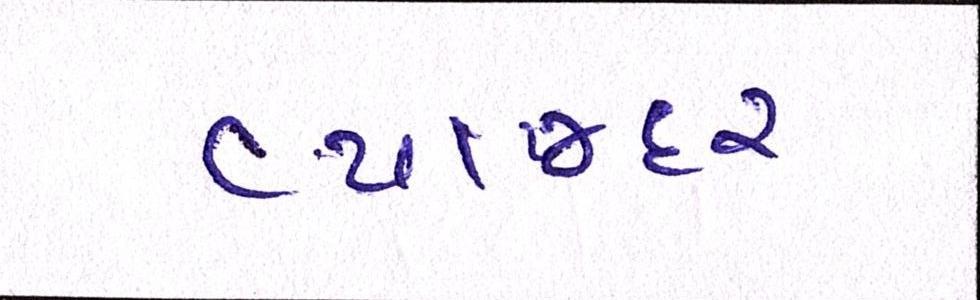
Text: વ્યાજદર